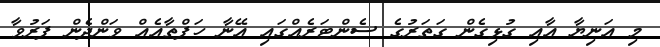
މި އަނިޔާ އާއި ގުޅިގެން ގަތަރުގެ ސެންޓަރެއްގައި އޭނާ ހަފްތާއެއް ވަންދެން ފަރުވާ